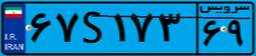
۶۷S۱۷۳۶۹